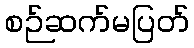
စဉ်ဆက်မပြတ်